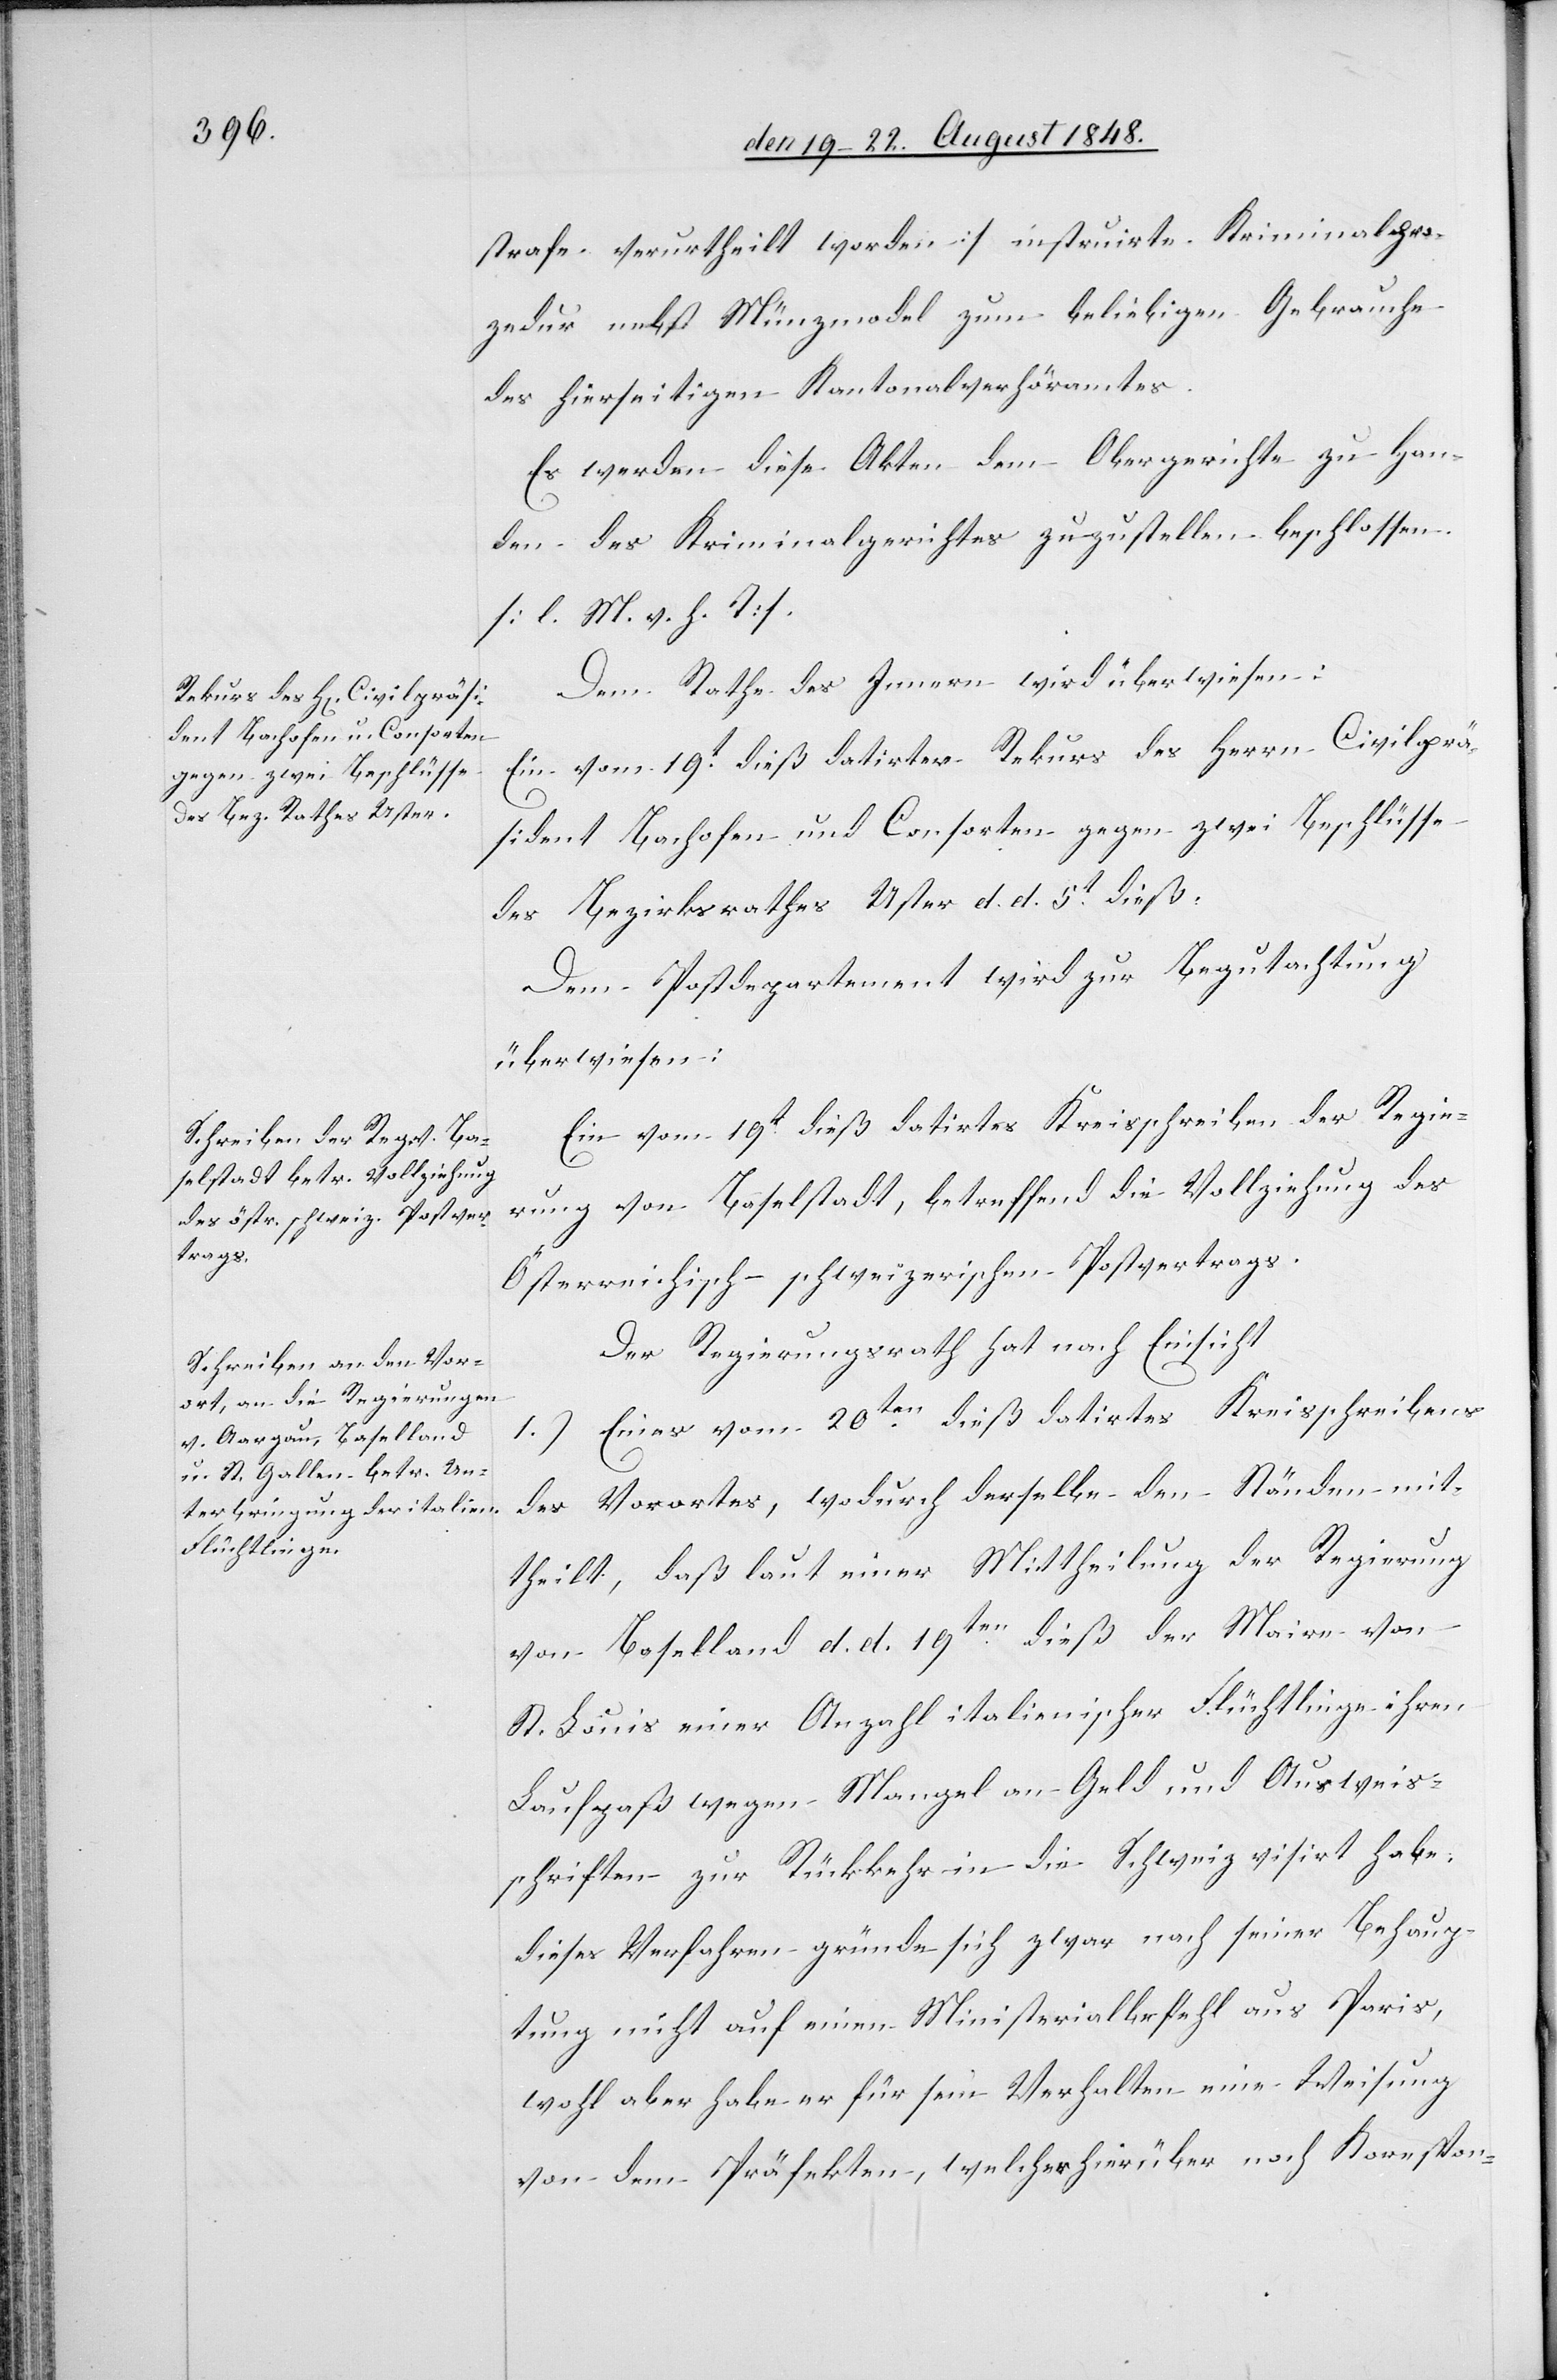
den 22t August 1848.]
strafe verurtheilt worden] instruirt. Kriminalpro¬
zedur nebst Münzmodel zum beliebigen Gebrauche
des hierseitigen Kantonalverhöramtes.
Dem Rathe des Innern wird überwiesen:
Ein vom 19t dieß datirter Rekurs des Herrn Civilprä¬
sident Bachofen und Consorten gegen zwei Beschlüsse
des Bezirksrathes Uster d. d. 5t dieß
Dem Postdepartement wird zur Begutachtung
überwiesen:
Ein vom 19t dieß datirtes Kreisschreiben der Regie¬
rung von Baselstadt, betreffend die Vollziehung des
Österreichisch-schweizerischen Postvertrags.
Der Regierungsrath hat nach Einsicht
1.) Eines vom 20ten dieß datirtes Kreisschreibens
des Vorortes, wodurch derselbe den Ständen mit¬
theilt, daß laut einer Mittheilung der Regierung
von Baselland d. d. 19ten dieß der Maire von
St. Louis einer Anzahl italienischer Flüchtlinge ihren
Laufpaß wegen Mangel an Geld und Ausweis¬
schriften zur Rückkehr in die Schweiz visirt habe,
dieses Verfahren gründe sich zwar nach seiner Behaup¬
tung nicht auf einen Ministerialbefehl aus Paris,
wohl aber habe er für sein Verhalten eine Weisung
von dem Präfekten, welcher hierüber nach Korespon-